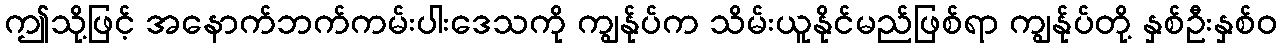
ဤသို့ဖြင့် အနောက်ဘက်ကမ်းပါးဒေသကို ကျွန်ုပ်က သိမ်းယူနိုင်မည်ဖြစ်ရာ ကျွန်ုပ်တို့ နှစ်ဦးနှစ်ဝ